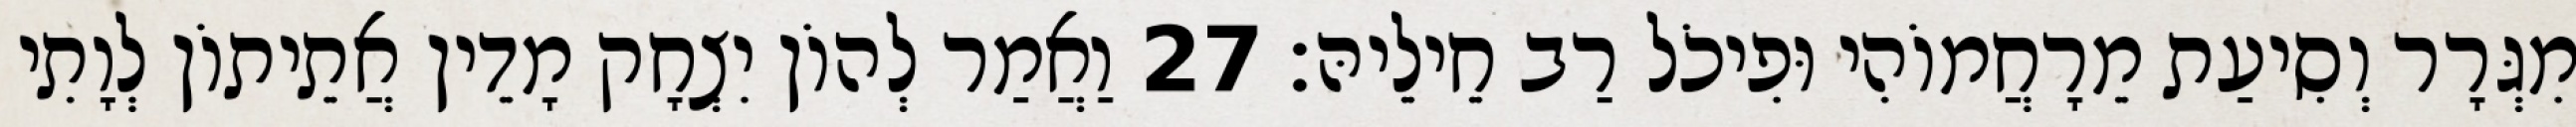
מִגְּרָר וְסִיעַת מֵרָחֲמוֹהִי וּפִיכֹל רַב חֵילֵיהּ׃ 27 וַאֲמַר לְהוֹן יִצְחָק מָדֵין אֲתֵיתוֹן לְוָתִי